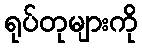
ရုပ်တုများကို